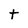
Character: t